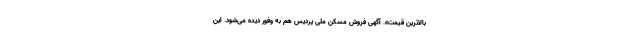
بالاترین قیمت». آگهی فروش مسکن ملی پردیس هم به وفور دیده می‌شود. این